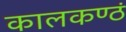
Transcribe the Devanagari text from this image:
कालकण्ठं